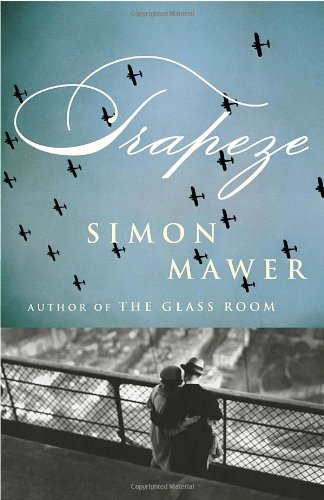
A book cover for Trapeze; Simon Mawer; Mystery, Thriller & Suspense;